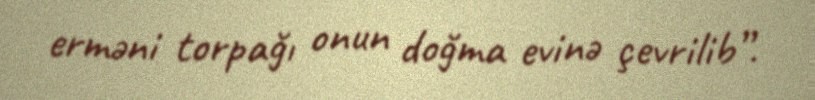
erməni torpağı onun doğma evinə çevrilib”.